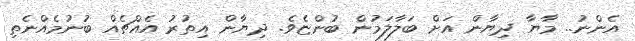
އެންނު.. މާޔާ ދިޔާން އަށް ބަލާލަމުން ބުންޏެވެ. ދިޔާން އިތުރު އެއްޗެއް ބުނުމެއްނެތި